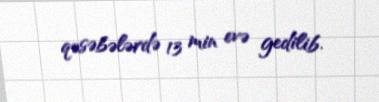
qəsəbələrdə 13 min evə gedilib.